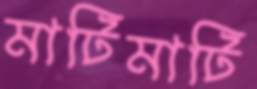
মাটিমাটি